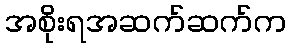
အစိုးရအဆက်ဆက်က